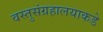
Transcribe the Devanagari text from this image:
वस्तुसंग्रहालयाकडे